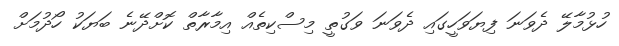
ހުޅުމާލޭ ދެވަނަ ފިޔަވަހީގައި ދެވަނަ ވަގުތީ މިސްކިތެއް އިމާރާތް ކޮށްދޭނެ ބަޔަކު ހޯދުމަށް